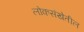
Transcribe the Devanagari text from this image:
लोकसंखेतील